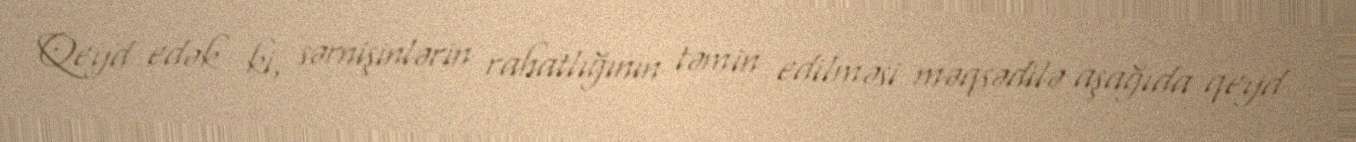
Qeyd edək ki, sərnişinlərin rahatlığının təmin edilməsi məqsədilə aşağıda qeyd